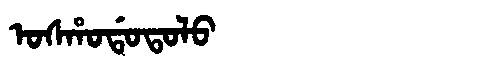
Manchu: ᠣᠰᡥᠣᡩᠣᡨᠣᠯᠣ
Romanization: OSHODOTOLO